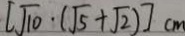
[ \sqrt { 1 0 } \cdot ( \sqrt { 5 } + \sqrt { 2 } ) ] c m